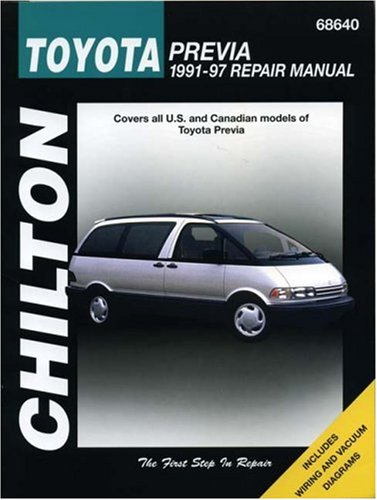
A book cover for Toyota Previa, 1991-97 (Chilton Total Car Care Series Manuals); Chilton; Engineering & Transportation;